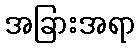
အခြားအရာ